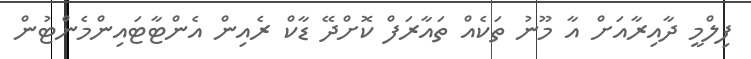
ފިލްމީ ދާއިރާއަށް އާ މޫނު ތަކެއް ތައާރަފް ކޮށްދޭ ޑާކް ރެއިން އެންޓާޓައިންމެންޓުން